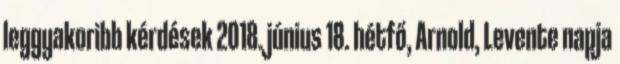
leggyakoribb kérdések 2018. június 18. hétfő, Arnold, Levente napja